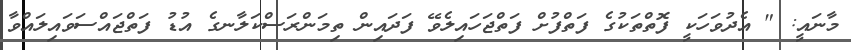
މާނައީ: " އެދުވަހަކީ ފޮތްތަކުގެ ފަތްފުށް ފަތްޖަހައިލެވޭ ފަދައިން ތިމަންރަސްކަލާނގެ އުޑު ފަތްޖައްސަވައިލައްވާ